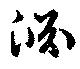
淵